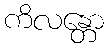
ကိလန္တော